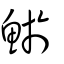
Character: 鯲